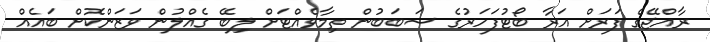
ރާއްޖޭގެ ފަރަށް އަރާ ބޯޓުފަހަރުގެ ސަބަބުން ތިމާވެއްޓަށް ލިބޭ ގެއްލުން ވަޒަންކޮށް ބައެއް